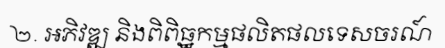
២. អភិវឌ្ឍ និងពិពិធ្ឋកម្មផលិតផលទេសចរណ៍